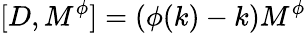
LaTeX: \lbrack D,M^{\phi}]=(\phi(k)-k)M^{\phi}